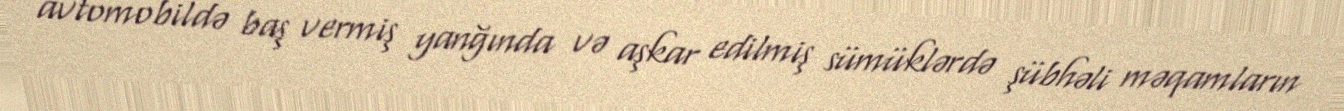
avtomobildə baş vermiş yanğında və aşkar edilmiş sümüklərdə şübhəli məqamların